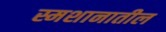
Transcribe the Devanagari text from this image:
स्मशानातील